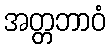
အတ္တဘာဝံ